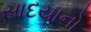
સાદયાનો